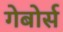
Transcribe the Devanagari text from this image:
गेबोर्स